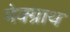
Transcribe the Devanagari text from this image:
मेक्ग्राथ